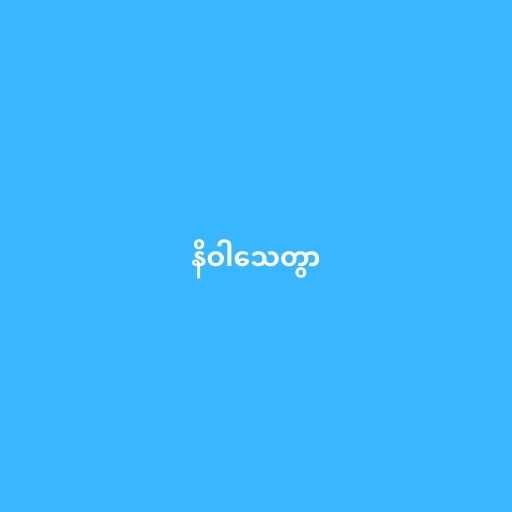
နိဝါသေတွာ